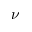
\nu